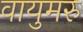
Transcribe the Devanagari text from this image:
वायुमरु